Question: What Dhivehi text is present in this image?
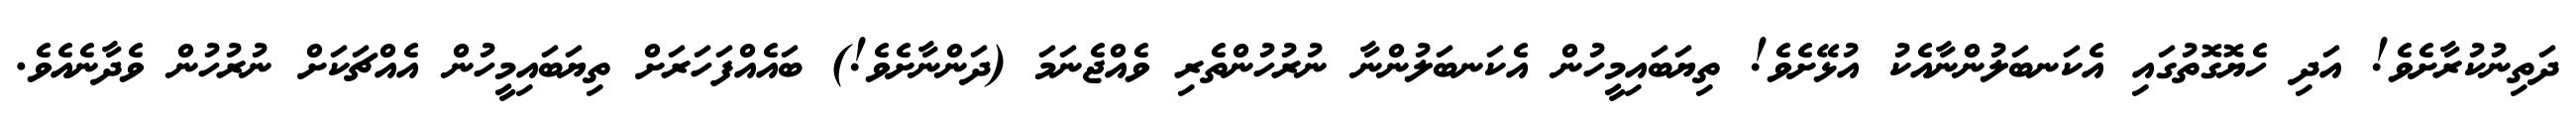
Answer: ދަތިނުކުރާށެވެ! އަދި ހެޔޮގޮތުގައި އެކަނބަލުންނާއެކު އުޅޭށެވެ! ތިޔަބައިމީހުން އެކަނބަލުންނާ ނުރުހުންތެރި ވެއްޖެނަމަ (ދަންނާށެވެ!) ބައެއްފަހަރަށް ތިޔަބައިމީހުން އެއްޗަކަށް ނުރުހުން ވެދާނެއެވެ.